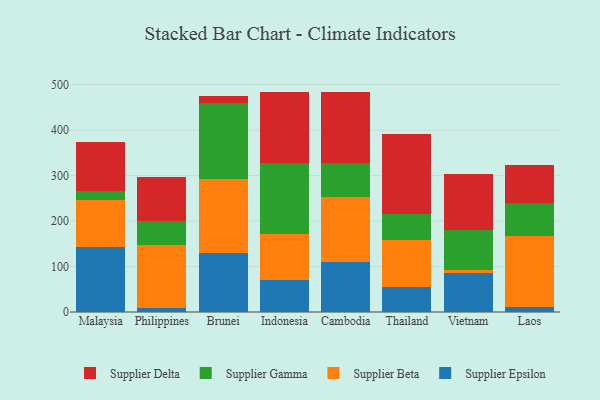
{"axis": {"x": "Country", "y": "Headcount"}, "legend": ["Supplier Beta", "Supplier Delta", "Supplier Epsilon", "Supplier Gamma"], "data": [{"x": "Malaysia", "y": 142.2, "type": "Supplier Epsilon"}, {"x": "Malaysia", "y": 104.3, "type": "Supplier Beta"}, {"x": "Malaysia", "y": 20.0, "type": "Supplier Gamma"}, {"x": "Malaysia", "y": 106.3, "type": "Supplier Delta"}, {"x": "Philippines", "y": 8.6, "type": "Supplier Epsilon"}, {"x": "Philippines", "y": 138.2, "type": "Supplier Beta"}, {"x": "Philippines", "y": 54.1, "type": "Supplier Gamma"}, {"x": "Philippines", "y": 95.6, "type": "Supplier Delta"}, {"x": "Brunei", "y": 129.3, "type": "Supplier Epsilon"}, {"x": "Brunei", "y": 163.9, "type": "Supplier Beta"}, {"x": "Brunei", "y": 166.0, "type": "Supplier Gamma"}, {"x": "Brunei", "y": 16.1, "type": "Supplier Delta"}, {"x": "Indonesia", "y": 70.5, "type": "Supplier Epsilon"}, {"x": "Indonesia", "y": 100.0, "type": "Supplier Beta"}, {"x": "Indonesia", "y": 156.6, "type": "Supplier Gamma"}, {"x": "Indonesia", "y": 156.8, "type": "Supplier Delta"}, {"x": "Cambodia", "y": 109.7, "type": "Supplier Epsilon"}, {"x": "Cambodia", "y": 143.5, "type": "Supplier Beta"}, {"x": "Cambodia", "y": 74.9, "type": "Supplier Gamma"}, {"x": "Cambodia", "y": 156.5, "type": "Supplier Delta"}, {"x": "Thailand", "y": 55.2, "type": "Supplier Epsilon"}, {"x": "Thailand", "y": 103.1, "type": "Supplier Beta"}, {"x": "Thailand", "y": 56.3, "type": "Supplier Gamma"}, {"x": "Thailand", "y": 176.2, "type": "Supplier Delta"}, {"x": "Vietnam", "y": 85.3, "type": "Supplier Epsilon"}, {"x": "Vietnam", "y": 7.7, "type": "Supplier Beta"}, {"x": "Vietnam", "y": 86.9, "type": "Supplier Gamma"}, {"x": "Vietnam", "y": 124.0, "type": "Supplier Delta"}, {"x": "Laos", "y": 11.5, "type": "Supplier Epsilon"}, {"x": "Laos", "y": 156.2, "type": "Supplier Beta"}, {"x": "Laos", "y": 72.0, "type": "Supplier Gamma"}, {"x": "Laos", "y": 83.3, "type": "Supplier Delta"}]}